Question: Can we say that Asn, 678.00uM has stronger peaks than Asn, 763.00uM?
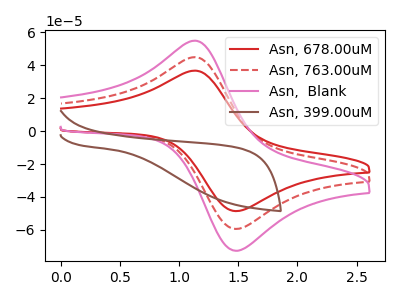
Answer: <think>The red curve "Asn, 678.00uM" has an anodic peak at (1.15V, 36.75uA) and a cathodic peak at (1.50V, -48.55uA). The red dashed curve "Asn, 763.00uM" has an anodic peak at (1.15V, 44.90uA) and a cathodic peak at (1.50V, -59.35uA). The pink curve "Asn,  Blank" has an anodic peak at (1.15V, 89.85uA) and a cathodic peak at (1.50V, -118.70uA). The brown curve "Asn, 399.00uM" has no peaks.</think>
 <answer>Every peak in "Asn, 678.00uM" is lower than every peak in "Asn, 763.00uM".</answer>
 <eval>lower</eval>